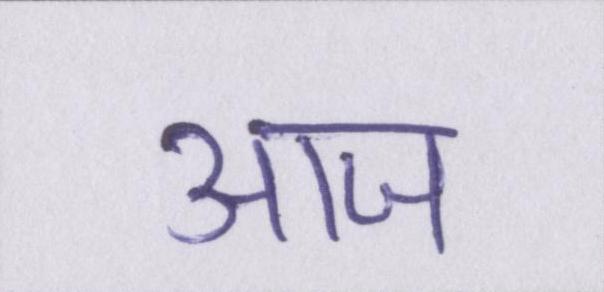
आज